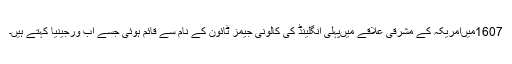
1607میںامریکہ کے مشرقی علاقے میںپہلی انگلینڈ کی کالونی جیمز ٹائون کے نام سے قائم ہوئی جسے اب ورجینیا کہتے ہیں۔